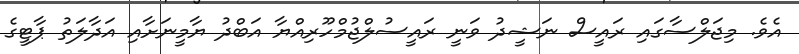
އެވެ. މިޖަލްސާގައި ރައީސް ނަޝީދު ވަނީ ރައީސުލްޖުމްހޫރިއްޔާ އަބްދު ޔާމީނަށާއި އަދާލަތު ޕާޓީގެ